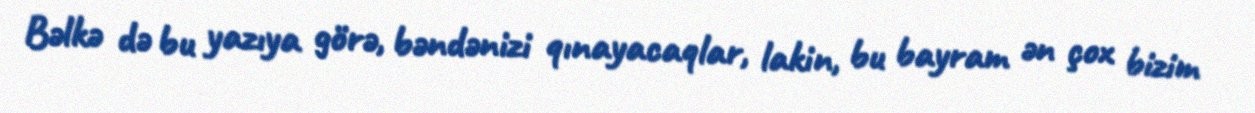
Bəlkə də bu yazıya görə, bəndənizi qınayacaqlar, lakin, bu bayram ən çox bizim